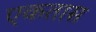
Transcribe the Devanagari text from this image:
एकतास